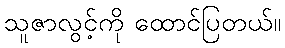
သူဇာလွင့်ကို ထောင်ပြတယ်။